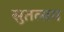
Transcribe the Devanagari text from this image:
सुतलाय